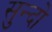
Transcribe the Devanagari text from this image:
सुन्दो